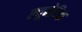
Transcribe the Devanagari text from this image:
ल्यूनेटिक